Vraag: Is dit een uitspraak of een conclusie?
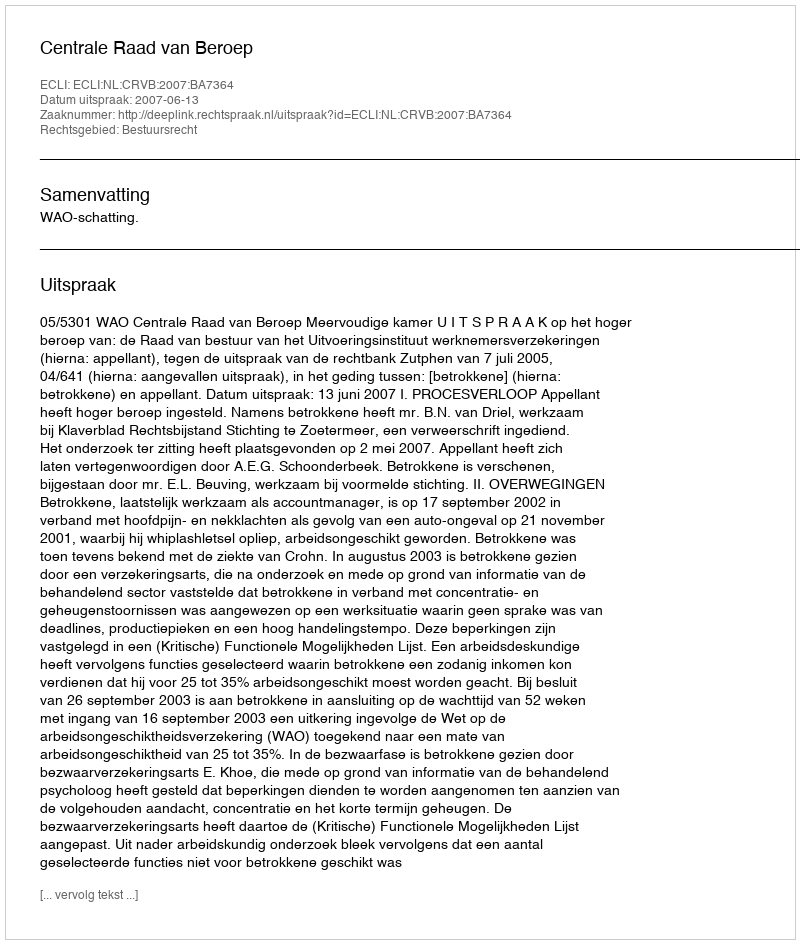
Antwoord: Uitspraak